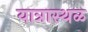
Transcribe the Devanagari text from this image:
यात्रास्थळ